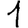
Digit: 1